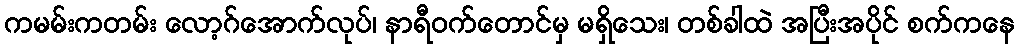
ကမမ်းကတမ်း လော့ဂ်အောက်လုပ်၊ နာရီဝက်တောင်မှ မရှိသေး၊ တစ်ခါထဲ အပြီးအပိုင် စက်ကနေ